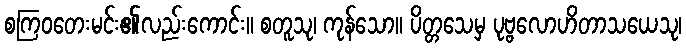
စကြဝတေးမင်း၏လည်းကောင်း။ စတူသု၊ ကုန်သော။ ပိတ္တသေမှ ပုဗ္ဗလောဟိတာသယေသု၊